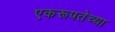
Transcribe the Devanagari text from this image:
एकरूपतेच्या